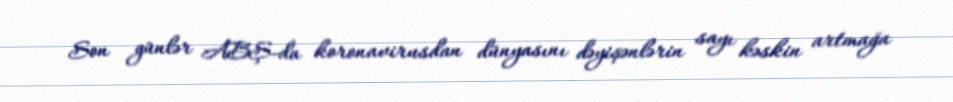
Son günlər ABŞ-da koronavirusdan dünyasını dəyişənlərin sayı kəskin artmağa